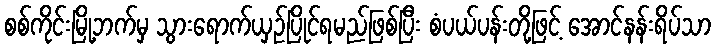
စစ်ကိုင်းမြို့ဘက်မှ သွားရောက်ယှဉ်ပြိုင်ရမည်ဖြစ်ပြီး စံပယ်ပန်းတို့ဖြင့် အောင်နန်းရိပ်သာ